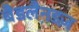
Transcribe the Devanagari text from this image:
बैडलैनडज़